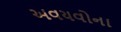
અવયવોના